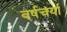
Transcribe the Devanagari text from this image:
वर्षचर्या